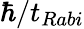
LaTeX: \hbar/t_{Rabi}